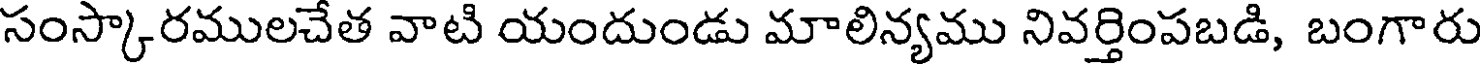
సంస్కారములచేత వాటి యందుండు మాలిన్యము నివర్తింపబడి, బంగారు